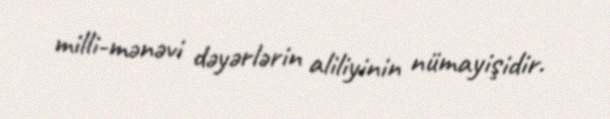
milli-mənəvi dəyərlərin aliliyinin nümayişidir.